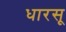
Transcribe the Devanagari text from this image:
धारसू